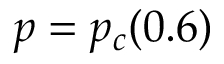
p = p _ { c } ( 0 . 6 )